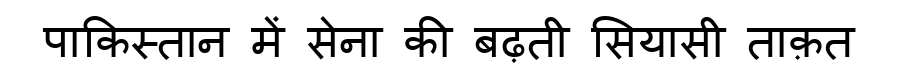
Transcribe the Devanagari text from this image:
पाकिस्तान में सेना की बढ़ती सियासी ताक़त